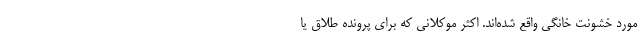
مورد خشونت خانگی واقع شده‌اند. اکثر موکلانی که برای پرونده طلاق یا